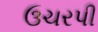
ઉચરપી